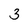
Character: 3